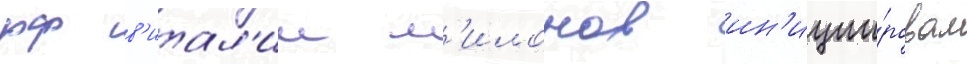
рф в'итал'ии м'илонов ин'иции́ровал